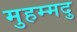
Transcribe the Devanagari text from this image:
मुहम्मदु